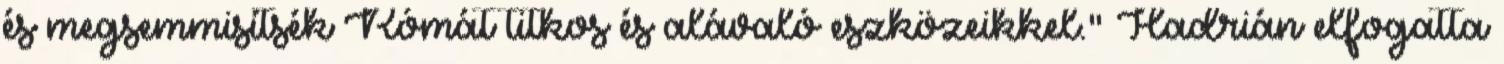
és megsemmisítsék Rómát titkos és alávaló eszközeikkel." Hadrián elfogatta